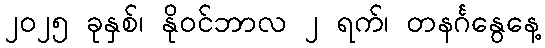
၂၀၂၅ ခုနှစ်၊ နိုဝင်ဘာလ ၂ ရက်၊ တနင်္ဂနွေနေ့